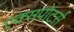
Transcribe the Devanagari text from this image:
एक्सपोटर्स